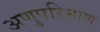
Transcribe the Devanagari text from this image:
अणुपरिमाण